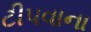
ટીપવાના